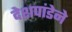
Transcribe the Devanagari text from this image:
देशपांडेने